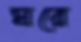
ঘরে